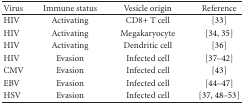
<table><thead><tr><td><b>Virus</b></td><td><b>Immune status</b></td><td><b>Vesicle origin</b></td><td><b>Reference</b></td></tr></thead><tbody><tr><td>HIV</td><td>Activating</td><td>CD8+ T cell</td><td>[33]</td></tr><tr><td>HIV</td><td>Activating</td><td>Megakaryocyte</td><td>[34, 35]</td></tr><tr><td>HIV</td><td>Activating</td><td>Dendritic cell</td><td>[36]</td></tr><tr><td>HIV</td><td>Evasion</td><td>Infected cell</td><td>[37–42]</td></tr><tr><td>CMV</td><td>Evasion</td><td>Infected cell</td><td>[43]</td></tr><tr><td>EBV</td><td>Evasion</td><td>Infected cell</td><td>[44–47]</td></tr><tr><td>HSV</td><td>Evasion</td><td>Infected cell</td><td>[37, 48–53]</td></tr></tbody></table>